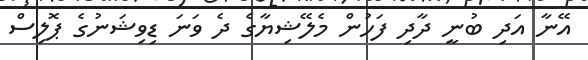
އޭނާ އަދި ބުނީ ދާދި ފަހުން މެލޭޝިޔާގެ ދެ ވަނަ ޑިވިޝަނުގެ ޕޮލިސް